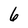
Character: 6